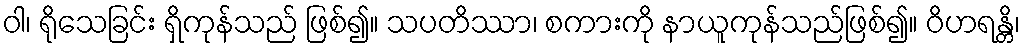
ဝါ၊ ရိုသေခြင်း ရှိကုန်သည် ဖြစ်၍။ သပတိဿာ၊ စကားကို နာယူကုန်သည်ဖြစ်၍။ ဝိဟရန္တိ၊